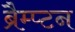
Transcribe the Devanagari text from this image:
ब्रैम्प्टन